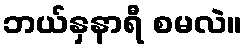
ဘယ်နှနာရီ စမလဲ။